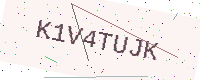
Text: K1V4TUJK